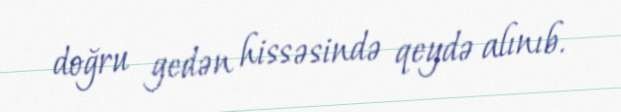
doğru gedən hissəsində qeydə alınıb.